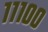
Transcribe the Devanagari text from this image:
१११००